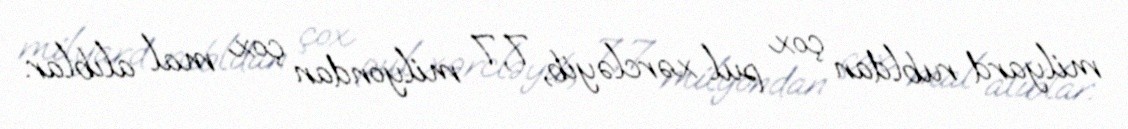
milyard rubldan çox pul xərcləyib, 7,7 milyondan çox mal alıblar.